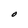
Character: O